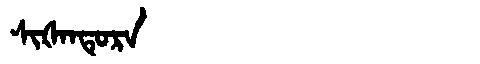
Manchu: ᠰᡳᡧᠠᠨᡨᡠᡵᠠ
Romanization: SIŠANTURA